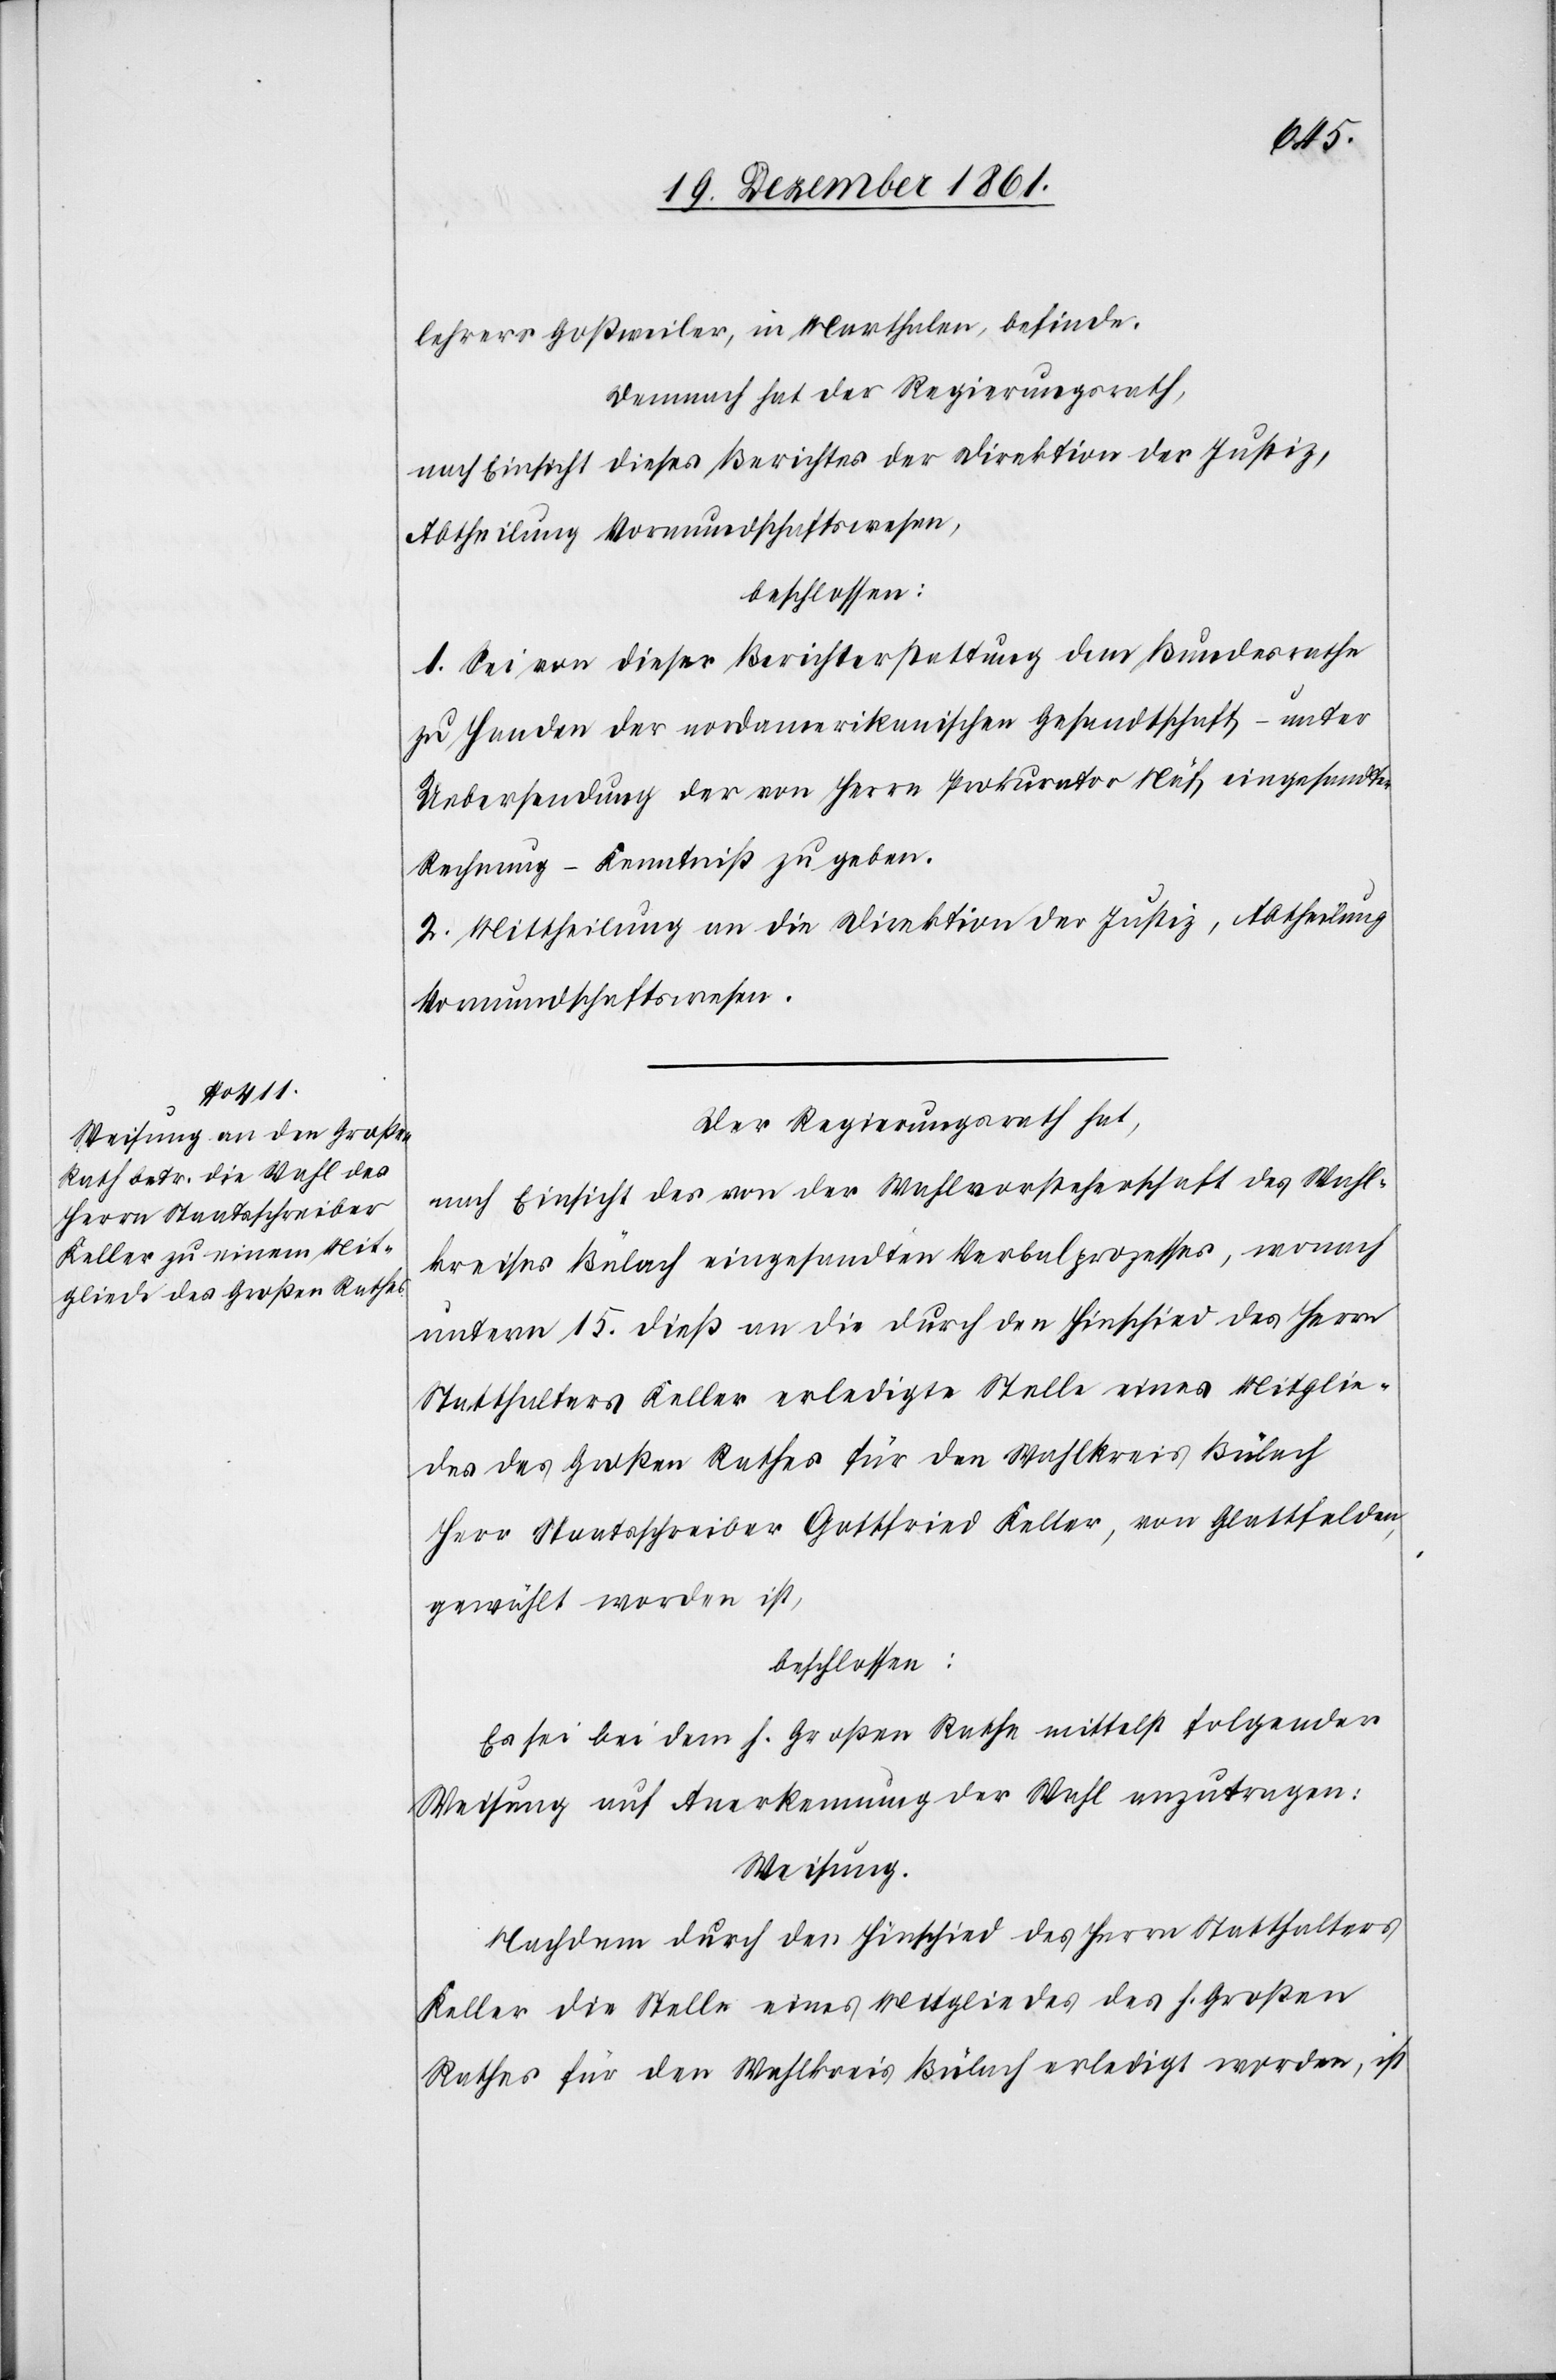
lehrer Goßweiler, in Marthalen, befinde.
Demnach hat der Regierungsrath,
nach Einsicht dieses Berichtes der Direktion der Justiz,
Abtheilung Vormundschaftswesen,
beschlossen:
1. Sei von dieser Berichterstattung dem Bundesrathe
zu Handen der nordamerikanischen Gesandtschaft – unter
Uebersendung der von Herrn Prokurator Näf eingesandten
Rechnung – Kenntniß zu geben.
2. Mittheilung an die Direktion der Justiz, Abtheilung
Vormundschaftswesen.
Der Regierungsrath hat,
nach Einsicht des von der Wahlvorsteherschaft des Wahl¬
kreises Bülach eingesandten Verbalprozesses, wonach
unterm 15 dieß an die durch den Hinschied des Herrn
Statthalters Keller erledigte Stelle eines Mitglie¬
des des Großen Rathes für den Wahlkreis Bülach
Herr Staatsschreiber Gottfried Keller, von Glattfelden,
gewählt worden ist,
beschlossen:
Es sei bei dem h. Großen Rathe mittelst folgender
Weisung auf Anerkennung der Wahl anzutragen:
Weisung.
Nachdem durch den Hinschied des Herrn Statthalter
Keller die Stelle eines Mitgliedes des h. Großen
Rathes für den Wahlkreis Bülach erledigt worden, ist